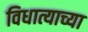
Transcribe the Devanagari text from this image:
विधात्याच्या